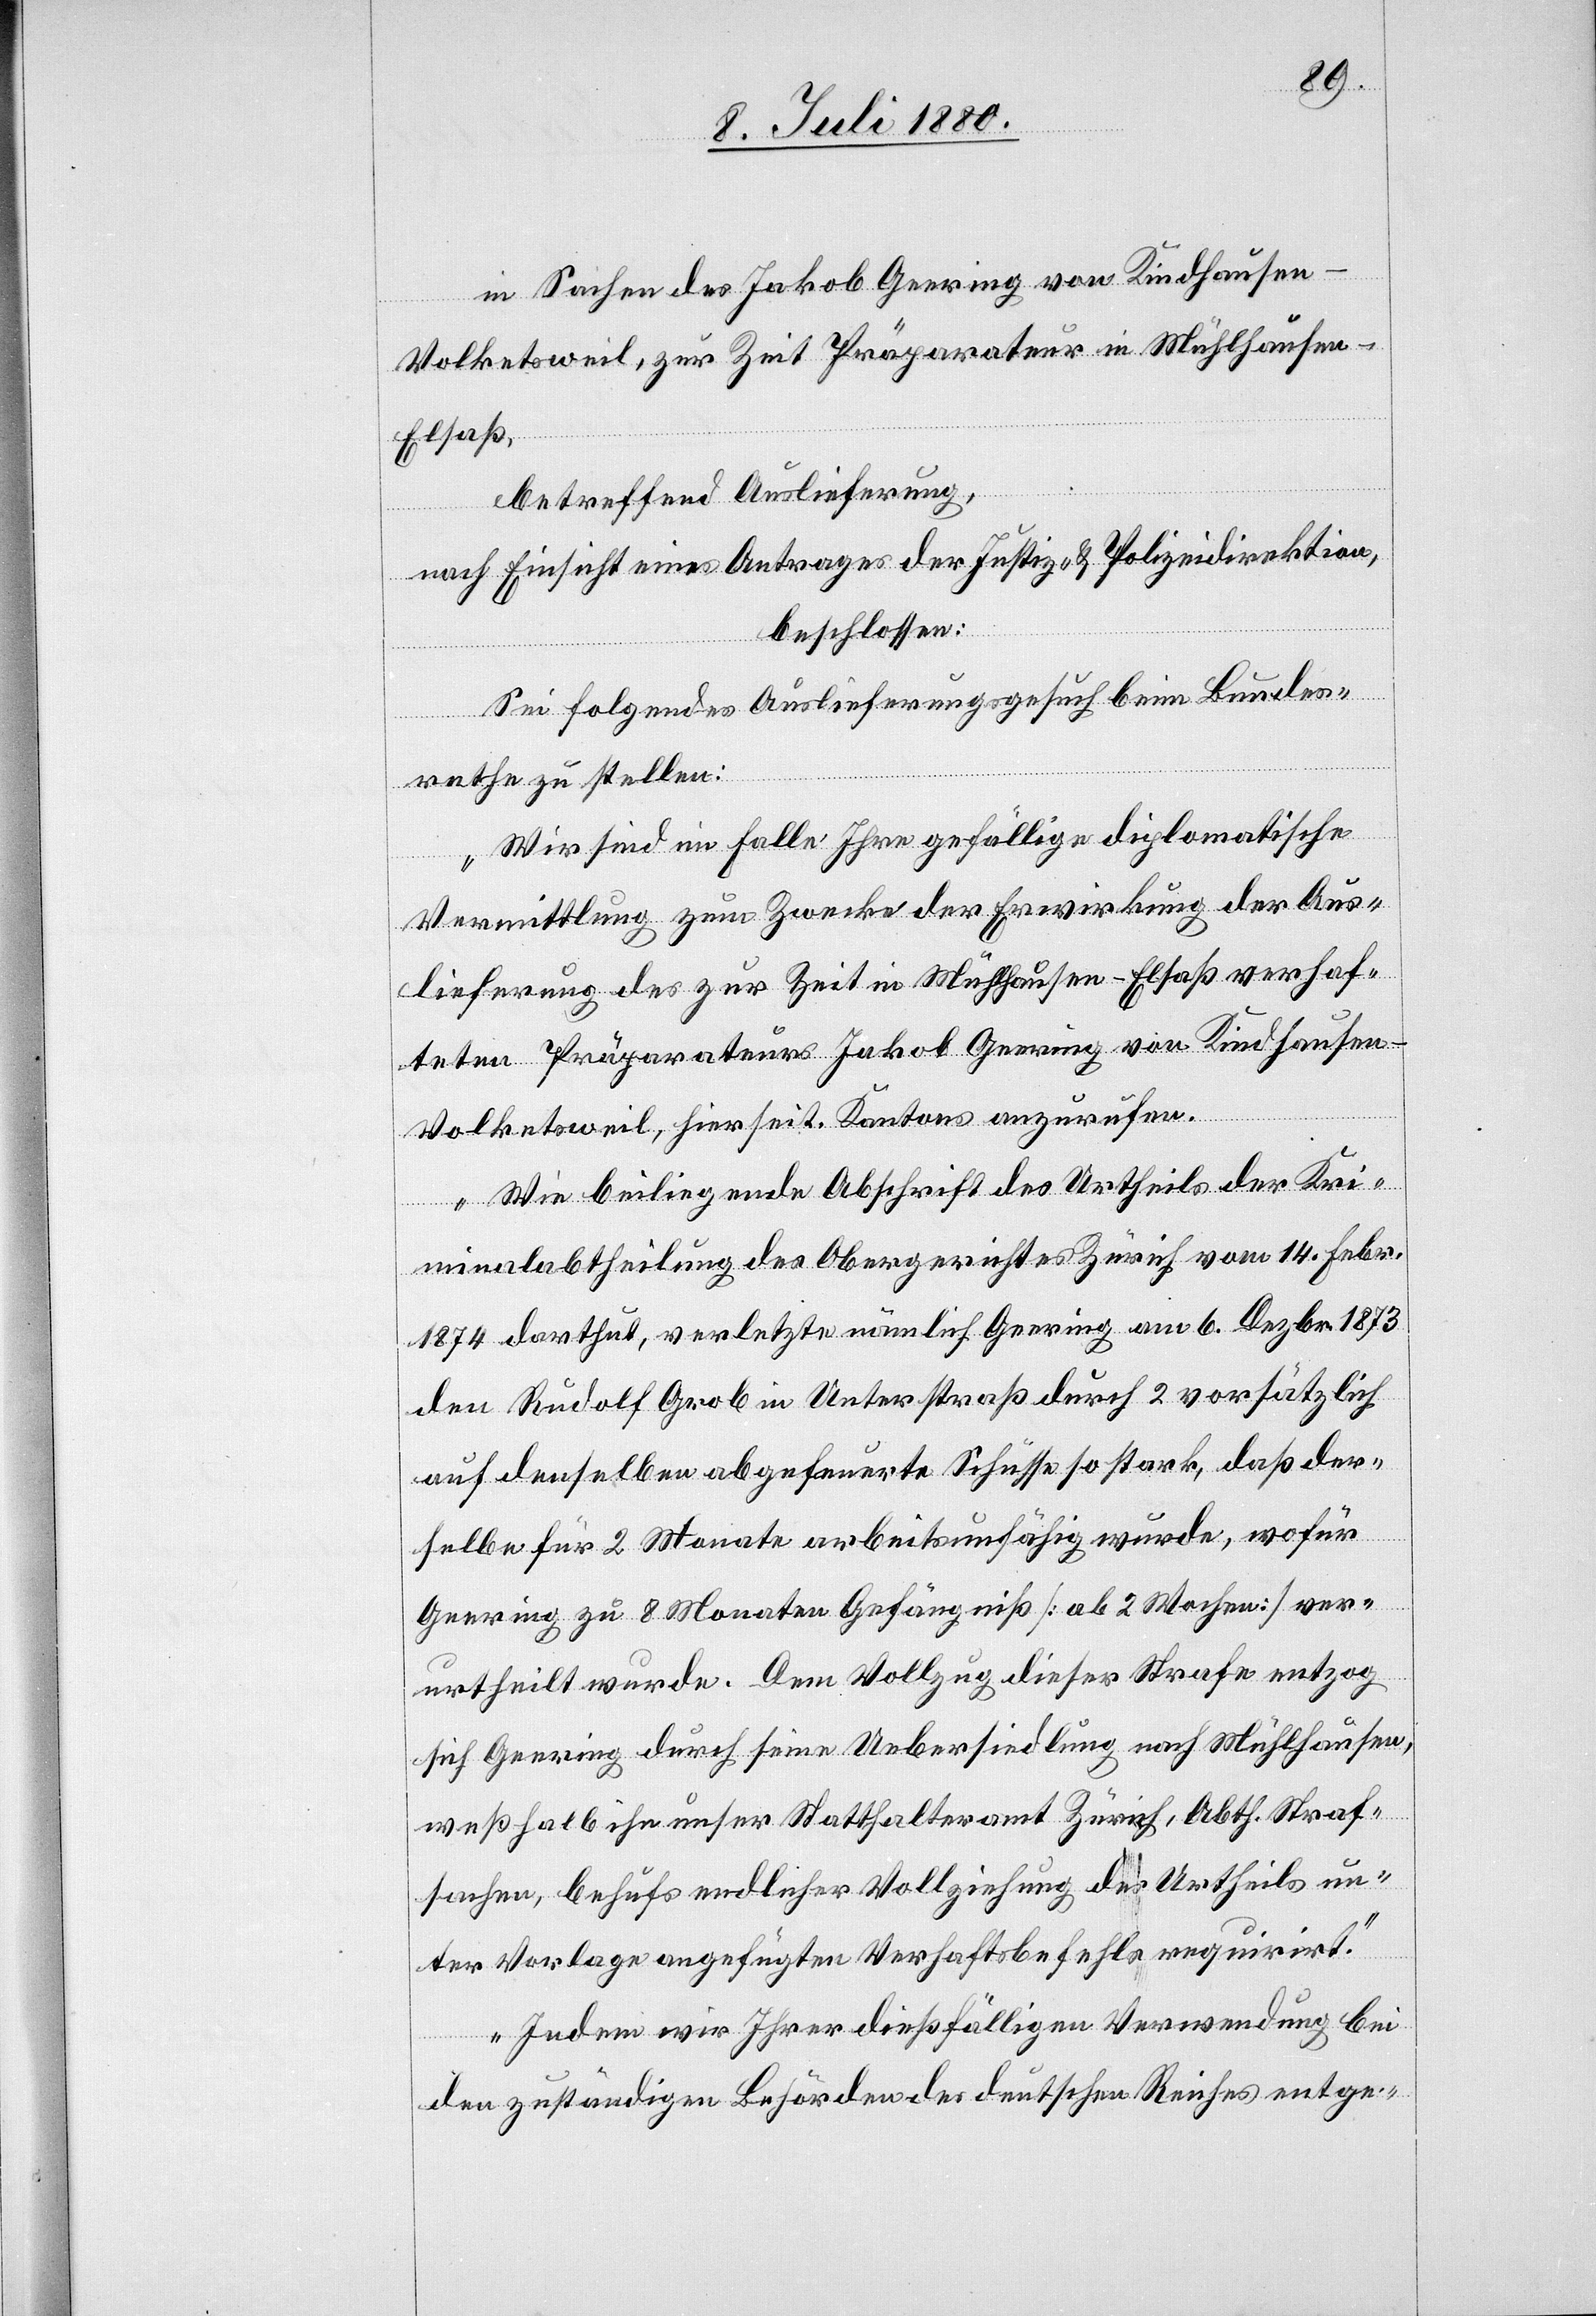
in Sachen des Jakob Geering von Kindhausen
Volketsweil, zur Zeit Präparateur in Mühllausen
Elsaß,
betreffend Auslieferung,
nach Einsicht eines Antrages der Justiz- & Polizeidirektion,
beschlossen:
Sei folgendes Auslieferungsgesuch beim Bundes¬
rathe zu stellen:
„Wir sind im Falle Ihre gefällige diplomatische
Vermittlung zum Zwecke der Erwirkung der Aus¬
lieferung des zur Zeit in Mühlhausen - Elsaß verhaf¬
teten Präparateurs Jakob Geering von Kindhausen
Volketsweil, hierseit. Kantons anzurufen.“
Wie beiliegende Abschrift des Urtheils der Kri¬
minalabtheilung des Obergerichtes Zürich vom 14. Febr.
1874 darthut, verletzte nämlich Geering am 6. Dezbr. 1873
den Rudolf Grob in Unterstraß durch 2 vorsätzlich
auf denselben abgefeuerte Schüsse so stark, daß der¬
selbe für 2 Monate arbeitsunfähig wurde, wofür
Geering zu 8 Monaten Gefängiß [ab 2 Wochen] ver¬
urtheilt wurde. Dem Vollzug dieser Strafe entzog
sich Geering durch seine Uebersiedlung nach Mühlhausen,
weßhalb ihn unser Statthalteramt Zürich, Abth. Straf¬
sachen, behufs endlicher Vollziehung des Urtheils un¬
ter Vorlage angefügten Verhaftsbefehls requirirt.
Indem wir Ihrer dießfälligen Verwendung bei
den zuständigen Behörden des deutschen Reiches entge-